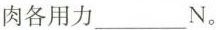
肉各用力___N。